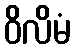
ဝိလိမံ